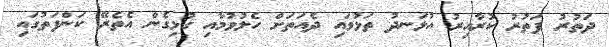
ދަތުރު ފަތުރު ކުރާއިރު އުޅަނދު ތަޅުވައި ދެއަތަށް ހެލުވުމާއި ގުޅިގެން އެތެރޭ ކަންފަތުގައި